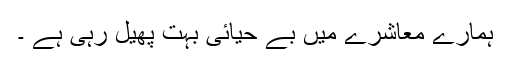
ہمارے معاشرے میں بے حیائی بہت پھیل رہی ہے ۔